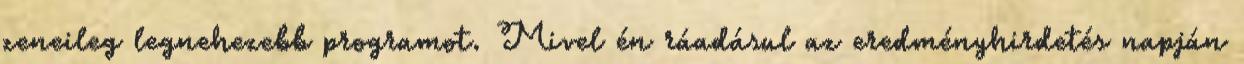
zeneileg legnehezebb programot. Mivel én ráadásul az eredményhirdetés napján